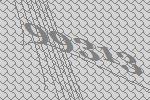
99313